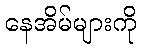
နေအိမ်များကို